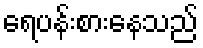
ရေပန်းစားနေသည်